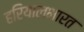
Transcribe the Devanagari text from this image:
हरियालभारत